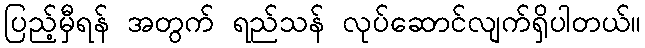
ပြည့်မှီရန် အတွက် ရည်သန် လုပ်ဆောင်လျက်ရှိပါတယ်။